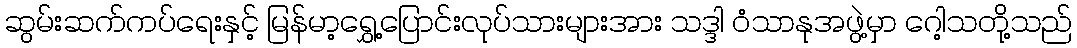
ဆွမ်းဆက်ကပ်ရေးနှင့် မြန်မာ့ရွှေ့ပြောင်းလုပ်သားများအား သဒ္ဒါ ဝံသာနုအဖွဲ့မှာ ဂေါ့သတို့သည်